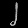
Digit: ၂